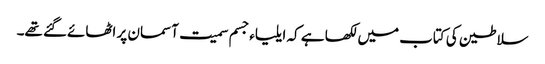
سلاطین کی کتاب میں لکھا ہے کہ ایلیاءجسم سمیت آسمان پر اٹھائےگئے تھے۔